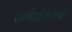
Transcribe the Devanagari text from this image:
सर्गप्रतिसर्ग